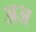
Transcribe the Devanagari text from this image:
अअ